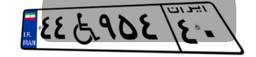
۴۴W۹۵۴۴۰